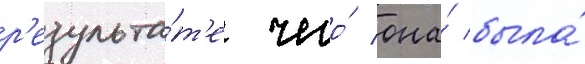
р'езульта́т'е чего́ она́ была́